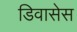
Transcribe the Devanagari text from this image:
डिवासेस